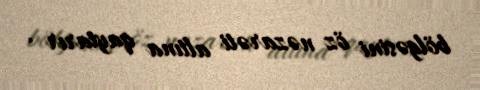
bölgəsini öz nəzarəti altına qaytarır .